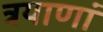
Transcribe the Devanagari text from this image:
त्रयाणां